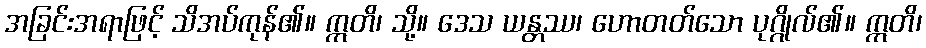
အခြင်းအရာဖြင့် သိအပ်ကုန်၏။ ဣတိ၊ သို့။ ဒေသ ယန္တဿ၊ ဟောတတ်သော ပုဂ္ဂိုလ်၏။ ဣတိ၊